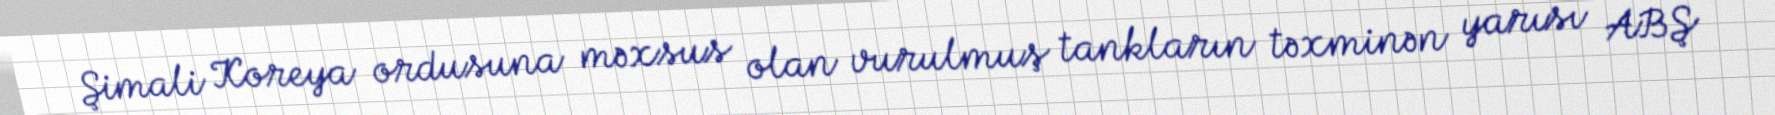
Şimali Koreya ordusuna məxsus olan vurulmuş tankların təxminən yarısı ABŞ